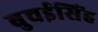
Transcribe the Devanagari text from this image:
बुचईसिंह